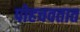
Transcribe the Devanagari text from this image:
पोहचवतात